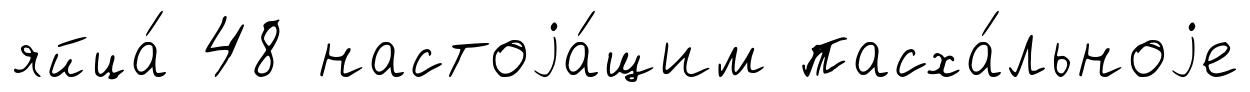
яйца́ 48 настоjа́щим пасха́льноjе